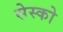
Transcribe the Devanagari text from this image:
सेस्को